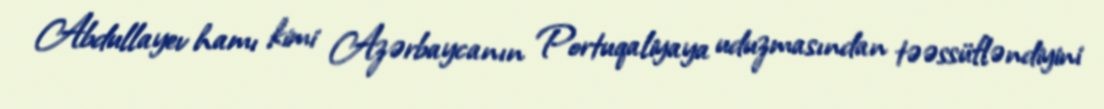
Abdullayev hamı kimi Azərbaycanın Portuqaliyaya uduzmasından təəssüfləndiyini